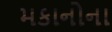
મકાનોના